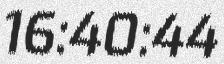
16:40:44